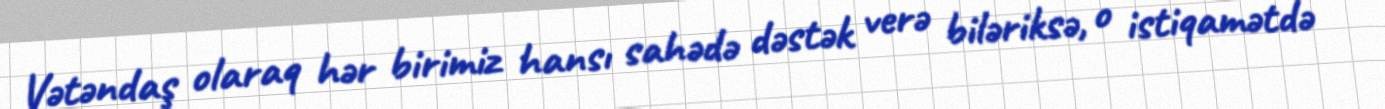
Vətəndaş olaraq hər birimiz hansı sahədə dəstək verə biləriksə, o istiqamətdə